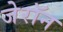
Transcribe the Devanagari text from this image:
जेरॉन